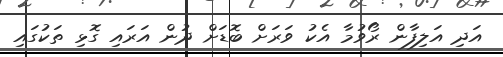
އަދި އަލިފާން ރޯވުމާ އެކު ވަރަށް ބޮޑަށް ދުން އަރައި ގޮޅި ތަކުގައި